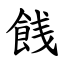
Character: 䬻